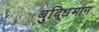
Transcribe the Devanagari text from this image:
बुद्‍धिमान